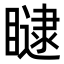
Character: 𥊵